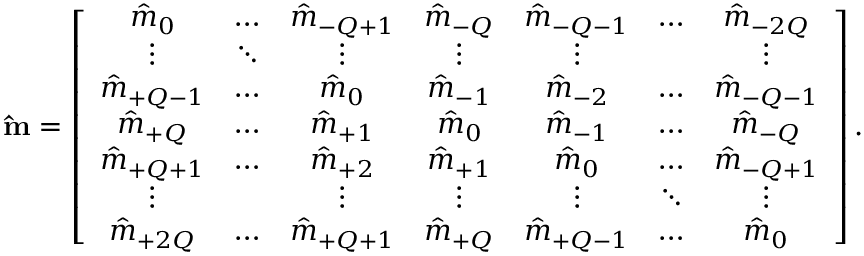
\mathbf { \hat { m } } = \left[ \begin{array} { c c c c c c c } { \hat { m } _ { 0 } } & { \hdots } & { \hat { m } _ { - Q + 1 } } & { \hat { m } _ { - Q } } & { \hat { m } _ { - Q - 1 } } & { \hdots } & { \hat { m } _ { - 2 Q } } \\ { \vdots } & { \ddots } & { \vdots } & { \vdots } & { \vdots } & { } & { \vdots } \\ { \hat { m } _ { + Q - 1 } } & { \hdots } & { \hat { m } _ { 0 } } & { \hat { m } _ { - 1 } } & { \hat { m } _ { - 2 } } & { \hdots } & { \hat { m } _ { - Q - 1 } } \\ { \hat { m } _ { + Q } } & { \hdots } & { \hat { m } _ { + 1 } } & { \hat { m } _ { 0 } } & { \hat { m } _ { - 1 } } & { \hdots } & { \hat { m } _ { - Q } } \\ { \hat { m } _ { + Q + 1 } } & { \hdots } & { \hat { m } _ { + 2 } } & { \hat { m } _ { + 1 } } & { \hat { m } _ { 0 } } & { \hdots } & { \hat { m } _ { - Q + 1 } } \\ { \vdots } & { } & { \vdots } & { \vdots } & { \vdots } & { \ddots } & { \vdots } \\ { \hat { m } _ { + 2 Q } } & { \hdots } & { \hat { m } _ { + Q + 1 } } & { \hat { m } _ { + Q } } & { \hat { m } _ { + Q - 1 } } & { \hdots } & { \hat { m } _ { 0 } } \end{array} \right] .